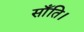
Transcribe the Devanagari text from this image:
साँति।